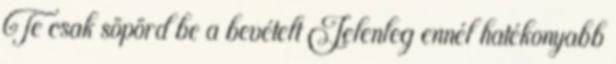
Te csak söpörd be a bevételt Jelenleg ennél hatékonyabb